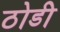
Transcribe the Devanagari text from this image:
ठोडी